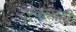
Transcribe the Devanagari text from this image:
दुरवरुनही